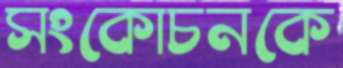
সংকোচনকে